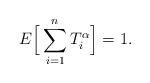
LaTeX: \begin{align*}E\Big[\sum\limits_{i=1}^n T_i^\alpha\Big]=1.\end{align*}